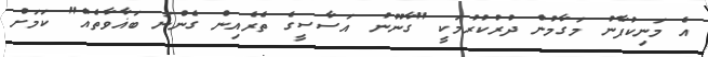
އެ މަނިކުފާނު މަގާމުން ދުރުކުރުމަކީ "ގާނޫނު އަސާސީގެ ތެރެއިން ގެންނަ ބަޣާވާތެއް" ކަމަށް